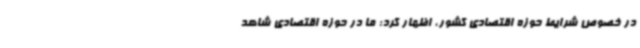
در خصوص شرایط حوزه اقتصادی کشور، اظهار کرد: ما در حوزه اقتصادی شاهد